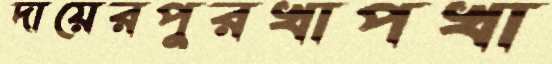
দায়েরপুরখাপখা